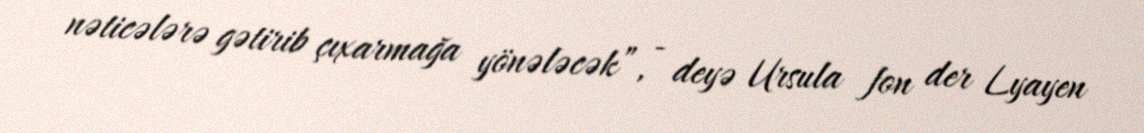
nəticələrə gətirib çıxarmağa yönələcək”, - deyə Ursula fon der Lyayen